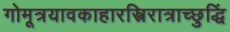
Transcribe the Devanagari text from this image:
गोमूत्रयावकाहारस्त्रिरात्राच्छुद्धिं